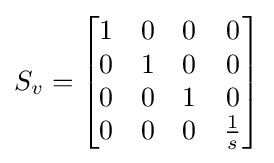
S_{v}={\begin{bmatrix}1&0&0&0\\0&1&0&0\\0&0&1&0\\0&0&0&{\frac {1}{s}}\end{bmatrix}}